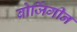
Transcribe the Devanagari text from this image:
बोर्जिगीन